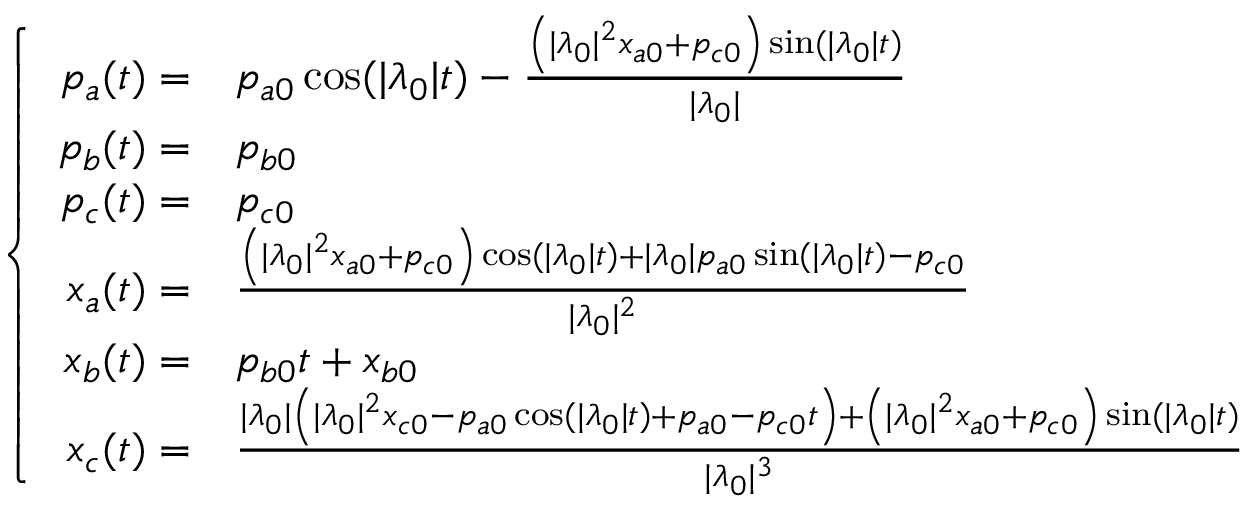
\left\{ \begin{array} { r l } { p _ { a } ( t ) = } & { p _ { a 0 } \cos ( | \lambda _ { 0 } | t ) - \frac { \left( | \lambda _ { 0 } | ^ { 2 } x _ { a 0 } + p _ { c 0 } \right) \sin ( | \lambda _ { 0 } | t ) } { | \lambda _ { 0 } | } } \\ { p _ { b } ( t ) = } & { p _ { b 0 } } \\ { p _ { c } ( t ) = } & { p _ { c 0 } } \\ { x _ { a } ( t ) = } & { \frac { \left( | \lambda _ { 0 } | ^ { 2 } x _ { a 0 } + p _ { c 0 } \right) \cos ( | \lambda _ { 0 } | t ) + | \lambda _ { 0 } | p _ { a 0 } \sin ( | \lambda _ { 0 } | t ) - p _ { c 0 } } { | \lambda _ { 0 } | ^ { 2 } } } \\ { x _ { b } ( t ) = } & { p _ { b 0 } t + x _ { b 0 } } \\ { x _ { c } ( t ) = } & { \frac { | \lambda _ { 0 } | \left( | \lambda _ { 0 } | ^ { 2 } x _ { c 0 } - p _ { a 0 } \cos ( | \lambda _ { 0 } | t ) + p _ { a 0 } - p _ { c 0 } t \right) + \left( | \lambda _ { 0 } | ^ { 2 } x _ { a 0 } + p _ { c 0 } \right) \sin ( | \lambda _ { 0 } | t ) } { | \lambda _ { 0 } | ^ { 3 } } } \end{array} \right.